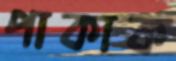
পাকাক